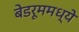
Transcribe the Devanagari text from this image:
बेडरूममध्ये